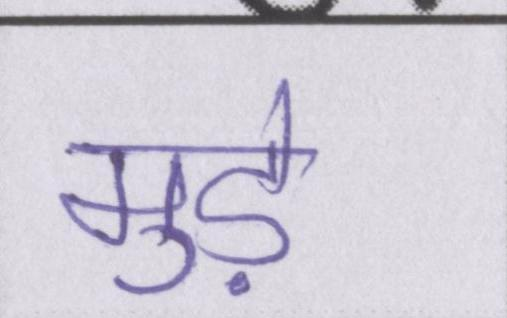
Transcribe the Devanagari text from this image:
मुड़े